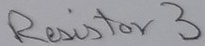
Text: Resistor 3